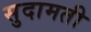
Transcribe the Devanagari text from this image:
सुदामती